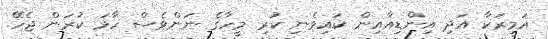
އަމީރަކާ އަދި އިންޑިއާއިން ކައިވެނި ކުރި މީހާގެ ނަންވެސް ހާމަ ކުރަން ޖެހޭ.